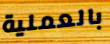
بالعملية